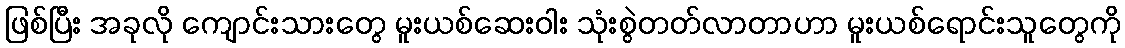
ဖြစ်ပြီး အခုလို ကျောင်းသားတွေ မူးယစ်ဆေးဝါး သုံးစွဲတတ်လာတာဟာ မူးယစ်ရောင်းသူတွေကို